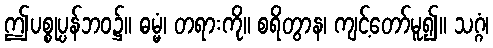
ဤပစ္စုပ္ပန်ဘဝ၌။ ဓမ္မံ၊ တရားကို။ စရိတွာန၊ ကျင့်တော်မူ၍။ သဂ္ဂံ၊